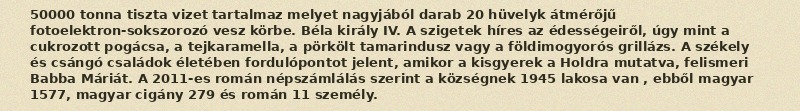
50000 tonna tiszta vizet tartalmaz melyet nagyjából darab 20 hüvelyk átmérőjű fotoelektron-sokszorozó vesz körbe. Béla király IV. A szigetek híres az édességeiről, úgy mint a cukrozott pogácsa, a tejkaramella, a pörkölt tamarindusz vagy a földimogyorós grillázs. A székely és csángó családok életében fordulópontot jelent, amikor a kisgyerek a Holdra mutatva, felismeri Babba Máriát. A 2011-es román népszámlálás szerint a községnek 1945 lakosa van , ebből magyar 1577, magyar cigány 279 és román 11 személy.